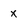
Character: X